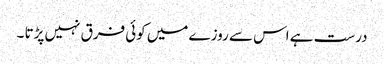
درست ہے اس سے روزے میں کوئی فرق نہیں پڑتا ۔